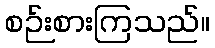
စဉ်းစားကြသည်။